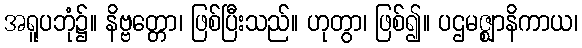
အရူပဘုံ၌။ နိဗ္ဗတ္တော၊ ဖြစ်ပြီးသည်။ ဟုတွာ၊ ဖြစ်၍။ ပဌမဇ္ဈာနိကာယ၊